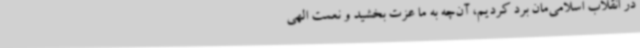
در انقلاب اسلامی‌مان برد کردیم، آن‌چه به ما عزت بخشید و نعمت الهی